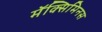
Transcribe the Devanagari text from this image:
मॅक्सिमिनस